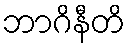
ဘာဂိနီတိ